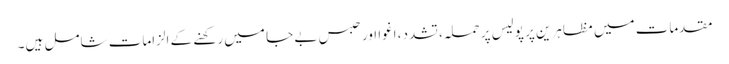
مقدمات میں مظاہرین پر پولیس پر حملہ، تشدد، اغوا اور حبسِ بے جا میں رکھنے کے الزامات شامل ہیں۔